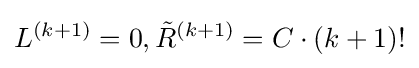
L^{(k+1)}=0,{\tilde {R}}^{(k+1)}=C\cdot (k+1)!